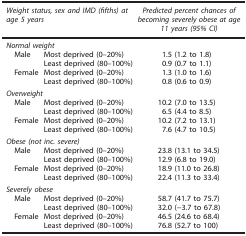
| <COLSPAN=2> Weight status, sex and IMD (fifths) at age 5 years | Predicted percent chances of becoming severely obese at age 11 years (95% CI) |
 | --- | --- | --- |
 | <COLSPAN=3> Normal weight |
 | Male | Most deprived (0–20%) | 1.5 (1.2 to 1.8) |
 |  | Least deprived (80–100%) | 0.9 (0.7 to 1.1) |
 | Female | Most deprived (0–20%) | 1.3 (1.0 to 1.6) |
 |  | Least deprived (80–100%) | 0.8 (0.6 to 0.9) |
 | <COLSPAN=3> Overweight |
 | Male | Most deprived (0–20%) | 10.2 (7.0 to 13.5) |
 |  | Least deprived (80–100%) | 6.5 (4.4 to 8.5) |
 | Female | Most deprived (0–20%) | 10.2 (7.2 to 13.1) |
 |  | Least deprived (80–100%) | 7.6 (4.7 to 10.5) |
 | <COLSPAN=3> Obese (not inc. severe) |
 | Male | Most deprived (0–20%) | 23.8 (13.1 to 34.5) |
 |  | Least deprived (80–100%) | 12.9 (6.8 to 19.0) |
 | Female | Most deprived (0–20%) | 18.9 (11.0 to 26.8) |
 |  | Least deprived (80–100%) | 22.4 (11.3 to 33.4) |
 | <COLSPAN=3> Severely obese |
 | Male | Most deprived (0–20%) | 58.7 (41.7 to 75.7) |
 |  | Least deprived (80–100%) | 32.0 (−3.7 to 67.8) |
 | Female | Most deprived (0–20%) | 46.5 (24.6 to 68.4) |
 |  | Least deprived (80–100%) | 76.8 (52.7 to 100) |